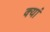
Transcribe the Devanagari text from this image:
क्यां